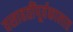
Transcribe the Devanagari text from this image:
वसाहतींपूर्वकालात